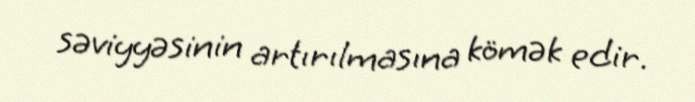
səviyyəsinin artırılmasına kömək edir.